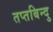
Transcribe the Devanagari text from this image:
तप्तबिन्दु